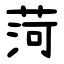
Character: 菏